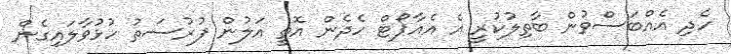
ހެދި އެއްބަސްވުން ބާތިލުކުރީ އެ އެއާޕޯޓް ހެދެން އޮތީ އަލުން ފުރުސަތު ހުޅުވާލައިގެން